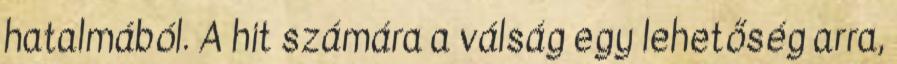
hatalmából. A hit számára a válság egy lehetőség arra,